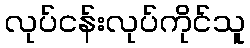
လုပ်ငန်းလုပ်ကိုင်သူ